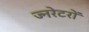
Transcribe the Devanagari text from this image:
ज्नरेटरों